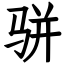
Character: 骈